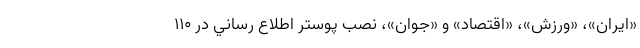
«ايران»، «ورزش»، «اقتصاد» و «جوان»، نصب پوستر اطلاع رساني در ۱۱۰